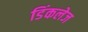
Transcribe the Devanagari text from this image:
डिंकलेज